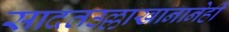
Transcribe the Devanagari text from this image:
सादतउल्लाखानानेही